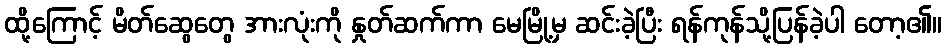
ထို့ကြောင့် မိတ်ဆွေတွေ အားလုံးကို နှုတ်ဆက်ကာ မေမြို့မှ ဆင်းခဲ့ပြီး ရန်ကုန်သို့ပြန်ခဲ့ပါ တော့၏။